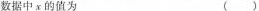
数据中x的值为()